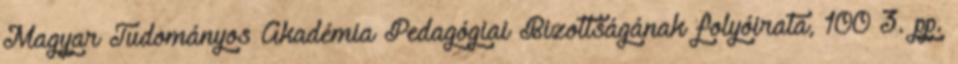
Magyar Tudományos Akadémia Pedagógiai Bizottságának folyóirata, 100 3. pp.